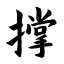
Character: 撑